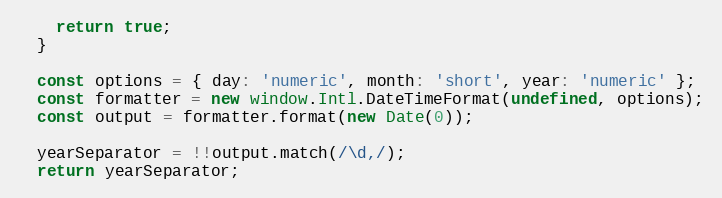
Language: JavaScript
    return true;
  }

  const options = { day: 'numeric', month: 'short', year: 'numeric' };
  const formatter = new window.Intl.DateTimeFormat(undefined, options);
  const output = formatter.format(new Date(0));

  yearSeparator = !!output.match(/\d,/);
  return yearSeparator;